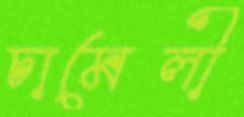
চামেলী